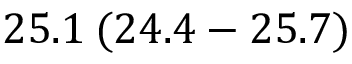
2 5 . 1 \: ( 2 4 . 4 - 2 5 . 7 )